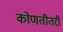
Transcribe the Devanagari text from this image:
कोणतीतरी